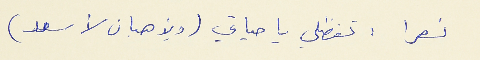
نصرا : تفظلي يا حياتي (ويذهبان لأسعد)